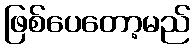
ဖြစ်ပေတော့မည်